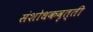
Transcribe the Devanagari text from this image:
संशोधकवृत्ती